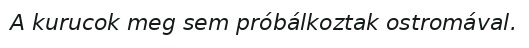
A kurucok meg sem próbálkoztak ostromával.